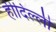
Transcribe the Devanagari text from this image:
हीदिल्ली